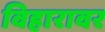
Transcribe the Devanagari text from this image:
विहारावर